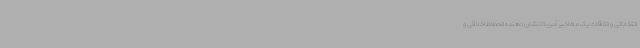
انتخاباتی و اتفاقات یک ماه اخیر آمریکا نشان دهنده انحطاط اخلاقی و